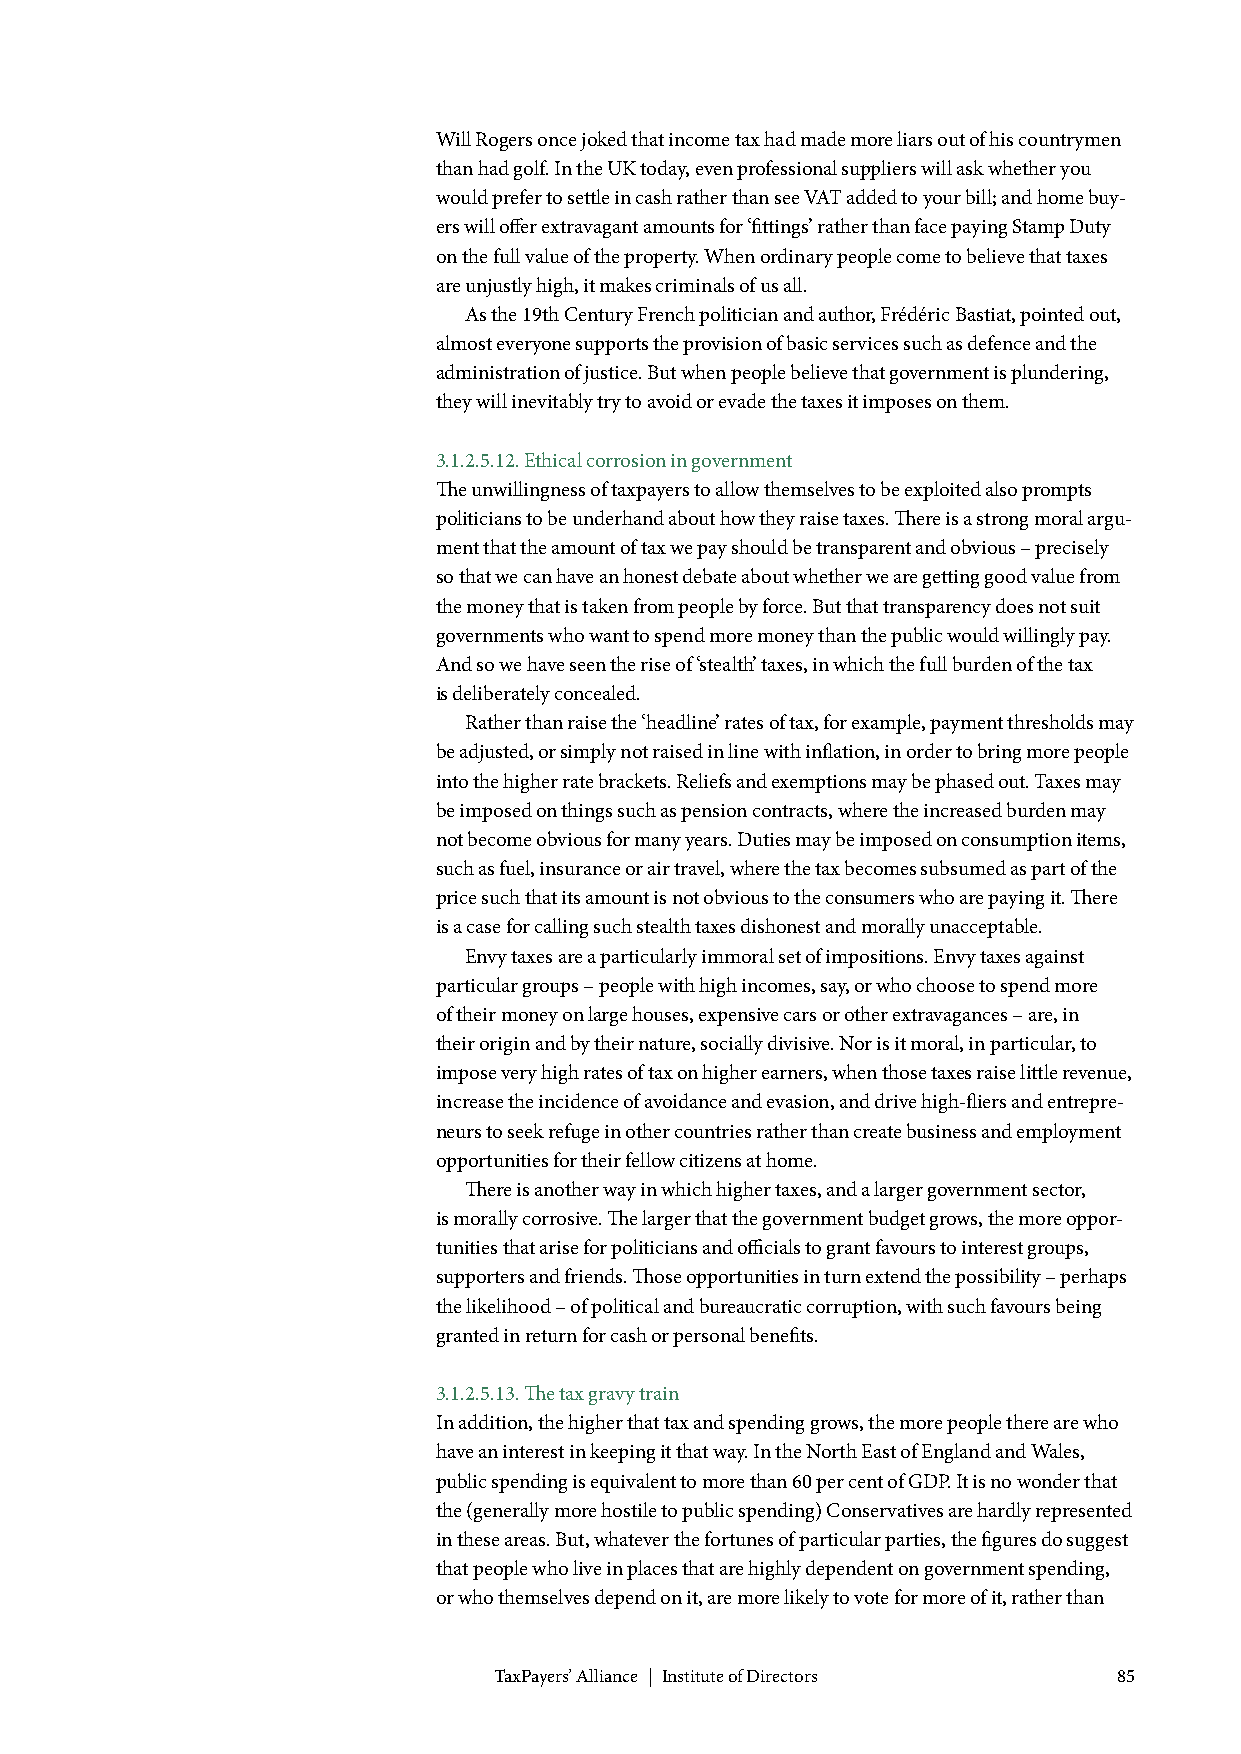
Will Rogers once joked that income tax had made more liars out of his countrymen
 than had golf. In the UK today, even professional suppliers will ask whether you
 would prefer to settle in cash rather than see VAT added to your bill; and home buy-
 ers will offer extravagant amounts for ‘fittings’ rather than face paying Stamp Duty
 on the full value of the property. When ordinary people come to believe that taxes
 are unjustly high, it makes criminals of us all.
 As the 19th Century French politician and author, Frédéric Bastiat, pointed out,
 almost everyone supports the provision of basic services such as defence and the
 administration of justice. But when people believe that government is plundering,
 they will inevitably try to avoid or evade the taxes it imposes on them.
 3.1.2.5.12. Ethical corrosion in government
 The unwillingness of taxpayers to allow themselves to be exploited also prompts
 politicians to be underhand about how they raise taxes. There is a strong moral argu-
 ment that the amount of tax we pay should be transparent and obvious – precisely
 so that we can have an honest debate about whether we are getting good value from
 the money that is taken from people by force. But that transparency does not suit
 governments who want to spend more money than the public would willingly pay.
 And so we have seen the rise of ‘stealth’ taxes, in which the full burden of the tax
 is deliberately concealed.
 Rather than raise the ‘headline’ rates of tax, for example, payment thresholds may
 be adjusted, or simply not raised in line with inflation, in order to bring more people
 into the higher rate brackets. Reliefs and exemptions may be phased out. Taxes may
 be imposed on things such as pension contracts, where the increased burden may
 not become obvious for many years. Duties may be imposed on consumption items,
 such as fuel, insurance or air travel, where the tax becomes subsumed as part of the
 price such that its amount is not obvious to the consumers who are paying it. There
 is a case for calling such stealth taxes dishonest and morally unacceptable.
 Envy taxes are a particularly immoral set of impositions. Envy taxes against
 particular groups – people with high incomes, say, or who choose to spend more
 of their money on large houses, expensive cars or other extravagances – are, in
 their origin and by their nature, socially divisive. Nor is it moral, in particular, to
 impose very high rates of tax on higher earners, when those taxes raise little revenue,
 increase the incidence of avoidance and evasion, and drive high-fliers and entrepre-
 neurs to seek refuge in other countries rather than create business and employment
 opportunities for their fellow citizens at home.
 There is another way in which higher taxes, and a larger government sector,
 is morally corrosive. The larger that the government budget grows, the more oppor-
 tunities that arise for politicians and officials to grant favours to interest groups,
 supporters and friends. Those opportunities in turn extend the possibility – perhaps
 the likelihood – of political and bureaucratic corruption, with such favours being
 granted in return for cash or personal benefits.
 3.1.2.5.13. The tax gravy train
 In addition, the higher that tax and spending grows, the more people there are who
 have an interest in keeping it that way. In the North East of England and Wales,
 public spending is equivalent to more than 60 per cent of GDP. It is no wonder that
 the (generally more hostile to public spending) Conservatives are hardly represented
 in these areas. But, whatever the fortunes of particular parties, the figures do suggest
 that people who live in places that are highly dependent on government spending,
 or who themselves depend on it, are more likely to vote for more of it, rather than
 TaxPayers’ Alliance | Institute of Directors 85